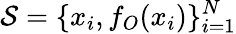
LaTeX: {\cal{S}}=\{ x_{i},f_{O}(x_{i})\} _{i=1}^{N}